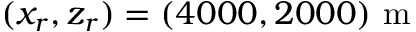
( x _ { r } , z _ { r } ) = ( 4 0 0 0 , 2 0 0 0 ) ~ \mathrm { m }